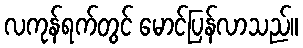
လကုန်ရက်တွင် မောင်ပြန်လာသည်။